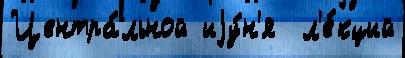
Центра́льной иjу́н'я  л'е́кций